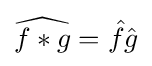
{\widehat {f*g}}={\hat {f}}{\hat {g}}